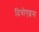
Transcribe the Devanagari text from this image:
दिवोएइस